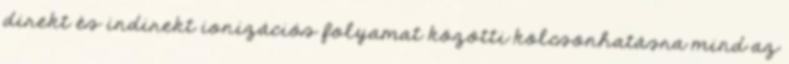
direkt és indirekt ionizációs folyamat közötti kölcsönhatásra mind az